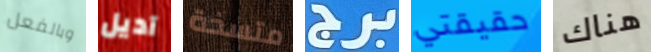
وبالفعل آديل متسخة برج حقيقتي هناك